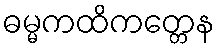
ဓမ္မကထိကတ္တေန